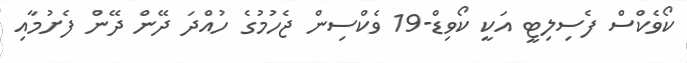
ކޯވެކްސް ފެސިލިޓީ އަކީ ކޯވިޑް-19 ވެކްސިން ޖެހުމުގެ ހުއްދަ ދޭން ދޭން ފެށުމާއި